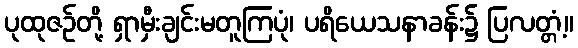
ပုထုဇဉ်တို့ ရှာမှီးချင်းမတူကြပုံ၊ ပရိယေသနာခန်း၌ ပြလတ္တံ့။